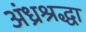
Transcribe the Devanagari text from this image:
अंध्रश्रद्धा